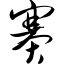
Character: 赛